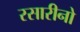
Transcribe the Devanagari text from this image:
रसारीनो